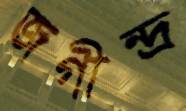
জগীন্দ্র